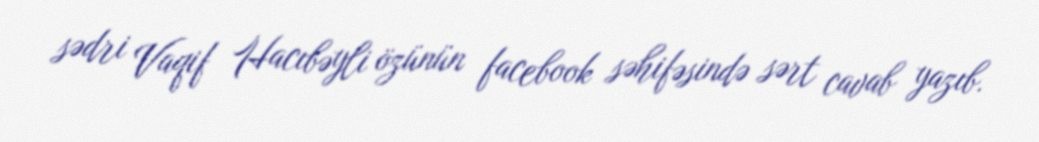
sədri Vaqif Hacıbəyli özünün facebook səhifəsində sərt cavab yazıb.